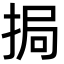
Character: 挶